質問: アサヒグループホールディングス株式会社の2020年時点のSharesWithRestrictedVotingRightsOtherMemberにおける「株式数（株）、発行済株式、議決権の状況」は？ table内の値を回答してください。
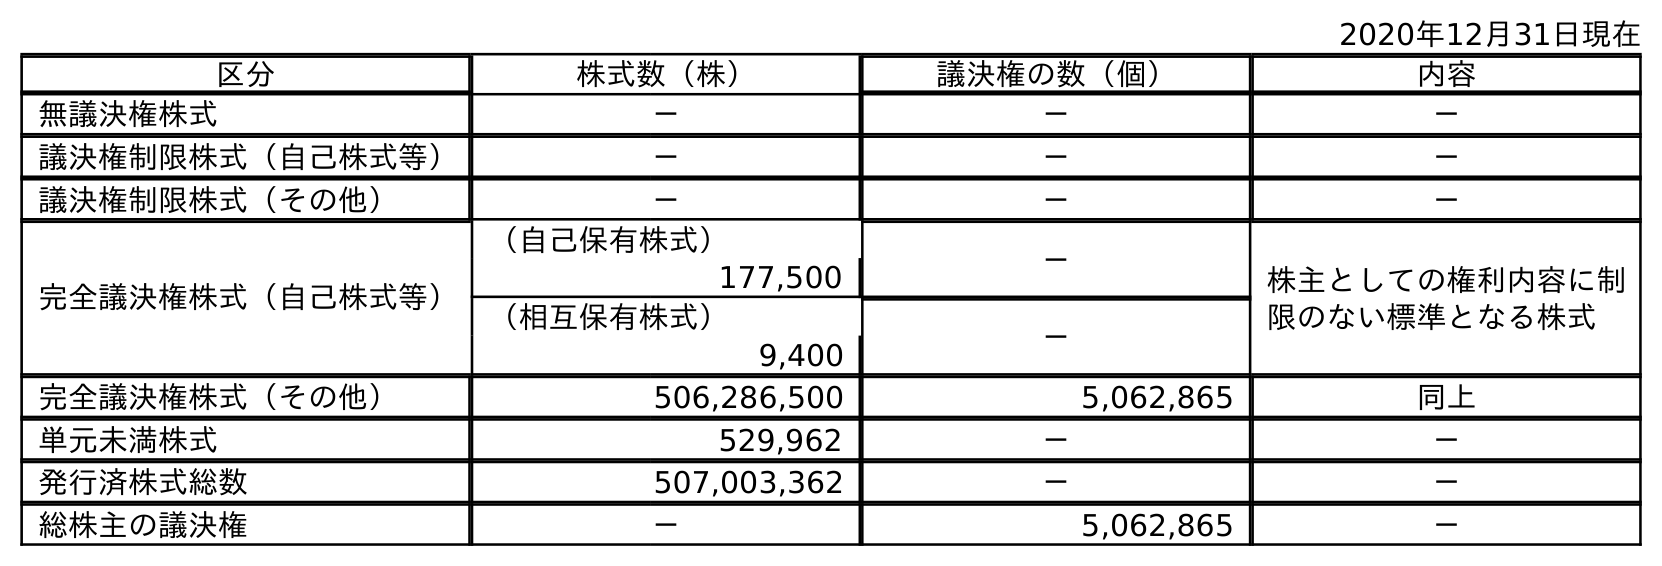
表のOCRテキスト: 2020年12月31日現在 区分 株式数（株） 議決権の数（個） 内容 無議決権株式 － － － 議決権制限株式（自己株式等） － － － 議決権制限株式（その他） － － － 完全議決権株式（自己株式等） （自己保有株式） － 株主としての権利内容に制 限のない標準となる株式 177,500 （相互保有株式） － 9,400 完全議決権株式（その他） 506,286,500 5,062,865 同上 単元未満株式 529,962 － － 発行済株式総数 507,003,362 － － 総株主の議決権 － 5,062,865 －
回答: －